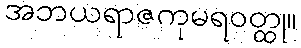
အဘယရာဇကုမရဝတ္ထု။